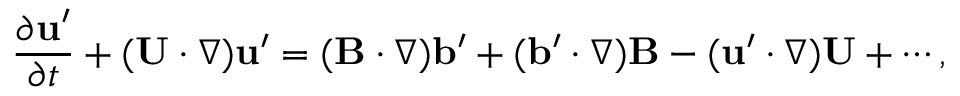
\frac { \partial { \bf { u } } ^ { \prime } } { \partial t } + ( { \bf { U } } \cdot \nabla ) { \bf { u } } ^ { \prime } = ( { \bf { B } } \cdot \nabla ) { \bf { b } } ^ { \prime } + ( { \bf { b } } ^ { \prime } \cdot \nabla ) { \bf { B } } - ( { \bf { u } } ^ { \prime } \cdot \nabla ) { \bf { U } } + \cdots ,